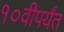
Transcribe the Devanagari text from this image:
१०वीपर्यंत